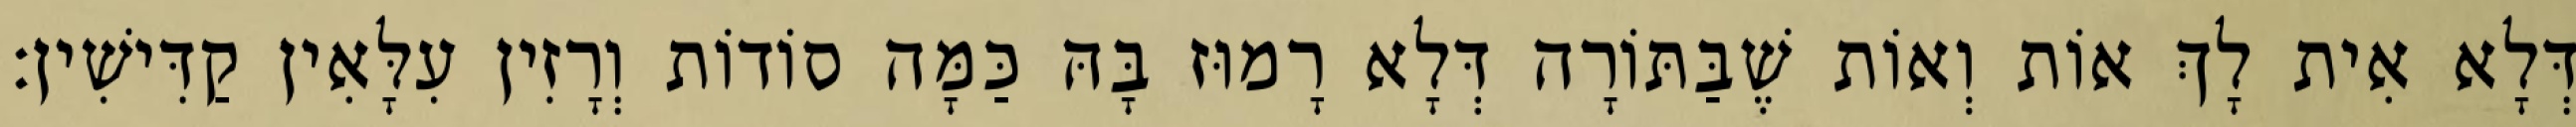
דְּלָא אִית לָךְ אוֹת וְאוֹת שֶׁבַּתּוֹרָה דְּלָא רָמוּז בָּהּ כַּמָּה סוֹדוֹת וְרָזִין עִלָּאִין קַדִּישִׁין: